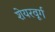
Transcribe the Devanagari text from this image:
शेयरवूर्ग